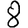
Digit: 8